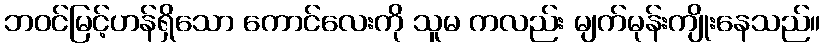
ဘဝင်မြင့်ဟန်ရှိသော ကောင်လေးကို သူမ ကလည်း မျက်မုန်းကျိုးနေသည်။